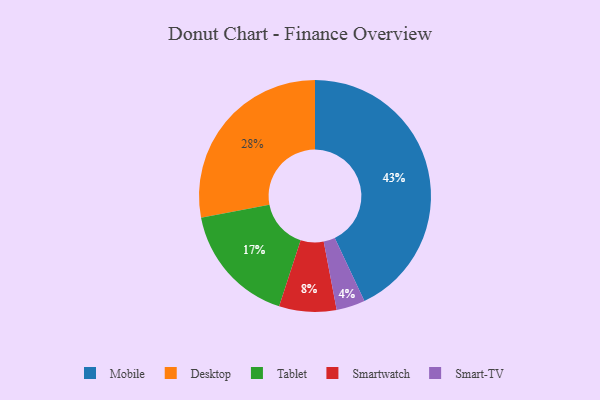
{"axis": {"x": "Category", "y": "Percentage"}, "legend": ["Desktop", "Mobile", "Smart-TV", "Smartwatch", "Tablet"], "data": [{"x": "Tablet", "y": 17, "type": "Tablet"}, {"x": "Smartwatch", "y": 8, "type": "Smartwatch"}, {"x": "Desktop", "y": 28, "type": "Desktop"}, {"x": "Mobile", "y": 43, "type": "Mobile"}, {"x": "Smart-TV", "y": 4, "type": "Smart-TV"}]}